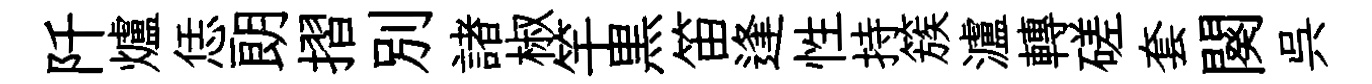
阡爐恁朗摺別諸椒竿黒笛逢性持簇瀘轉磋套闋呉